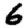
Digit: 6